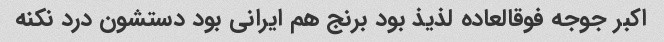
اکبر جوجه فوقالعاده لذیذ بود برنج هم ایرانی بود دستشون درد نکنه